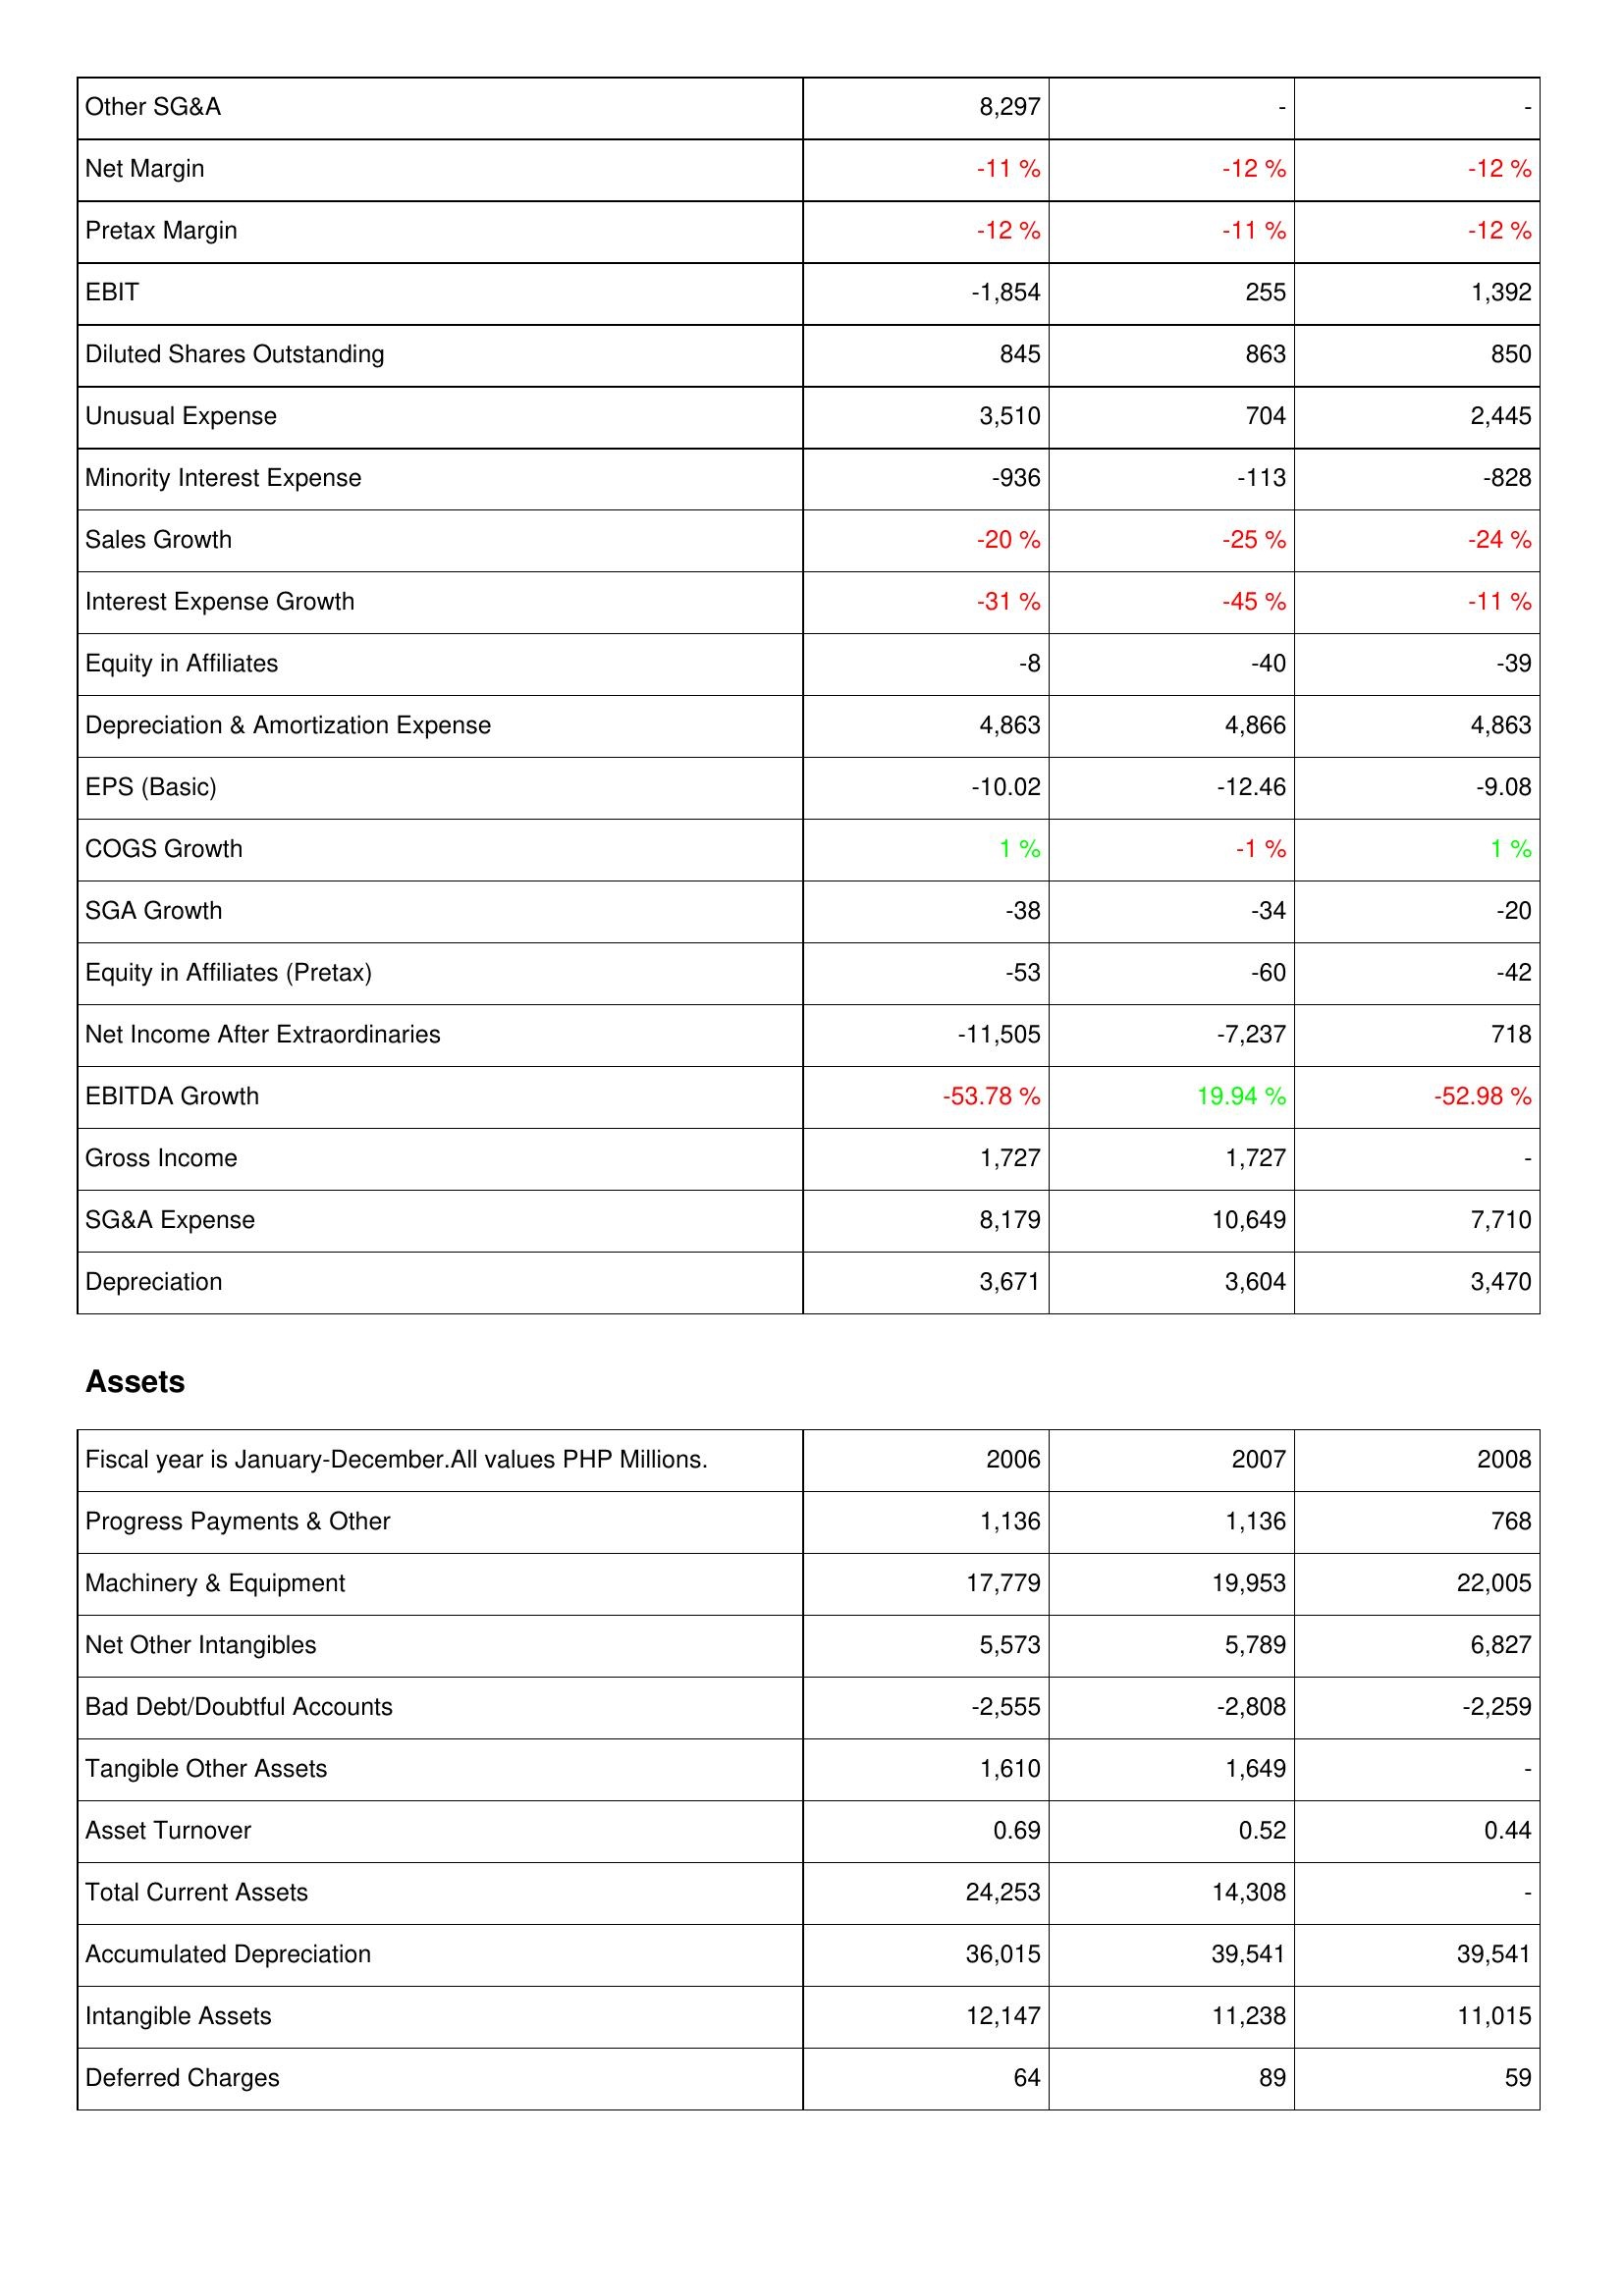
2006: Income Statement: Other SG&A: 8,297
Net Margin: -11 %
Pretax Margin: -12 %
EBIT: -1,854
Diluted Shares Outstanding: 845
Unusual Expense: 3,510
Minority Interest Expense: -936
Sales Growth: -20 %
Interest Expense Growth: -31 %
Equity in Affiliates: -8
Depreciation & Amortization Expense: 4,863
EPS (Basic): -10.02
COGS Growth: 1 %
SGA Growth: -38
Equity in Affiliates (Pretax): -53
Net Income After Extraordinaries: -11,505
EBITDA Growth: -53.78 %
Gross Income: 1,727
SG&A Expense: 8,179
Depreciation: 3,671
Assets: Progress Payments & Other: 1,136
Machinery & Equipment: 17,779
Net Other Intangibles: 5,573
Bad Debt/Doubtful Accounts: -2,555
Tangible Other Assets: 1,610
Asset Turnover: 0.69
Total Current Assets: 24,253
Accumulated Depreciation: 36,015
Intangible Assets: 12,147
Deferred Charges: 64
2007: Income Statement: Other SG&A: -
Net Margin: -12 %
Pretax Margin: -11 %
EBIT: 255
Diluted Shares Outstanding: 863
Unusual Expense: 704
Minority Interest Expense: -113
Sales Growth: -25 %
Interest Expense Growth: -45 %
Equity in Affiliates: -40
Depreciation & Amortization Expense: 4,866
EPS (Basic): -12.46
COGS Growth: -1 %
SGA Growth: -34
Equity in Affiliates (Pretax): -60
Net Income After Extraordinaries: -7,237
EBITDA Growth: 19.94 %
Gross Income: 1,727
SG&A Expense: 10,649
Depreciation: 3,604
Assets: Progress Payments & Other: 1,136
Machinery & Equipment: 19,953
Net Other Intangibles: 5,789
Bad Debt/Doubtful Accounts: -2,808
Tangible Other Assets: 1,649
Asset Turnover: 0.52
Total Current Assets: 14,308
Accumulated Depreciation: 39,541
Intangible Assets: 11,238
Deferred Charges: 89
2008: Income Statement: Other SG&A: -
Net Margin: -12 %
Pretax Margin: -12 %
EBIT: 1,392
Diluted Shares Outstanding: 850
Unusual Expense: 2,445
Minority Interest Expense: -828
Sales Growth: -24 %
Interest Expense Growth: -11 %
Equity in Affiliates: -39
Depreciation & Amortization Expense: 4,863
EPS (Basic): -9.08
COGS Growth: 1 %
SGA Growth: -20
Equity in Affiliates (Pretax): -42
Net Income After Extraordinaries: 718
EBITDA Growth: -52.98 %
Gross Income: -
SG&A Expense: 7,710
Depreciation: 3,470
Assets: Progress Payments & Other: 768
Machinery & Equipment: 22,005
Net Other Intangibles: 6,827
Bad Debt/Doubtful Accounts: -2,259
Tangible Other Assets: -
Asset Turnover: 0.44
Total Current Assets: -
Accumulated Depreciation: 39,541
Intangible Assets: 11,015
Deferred Charges: 59